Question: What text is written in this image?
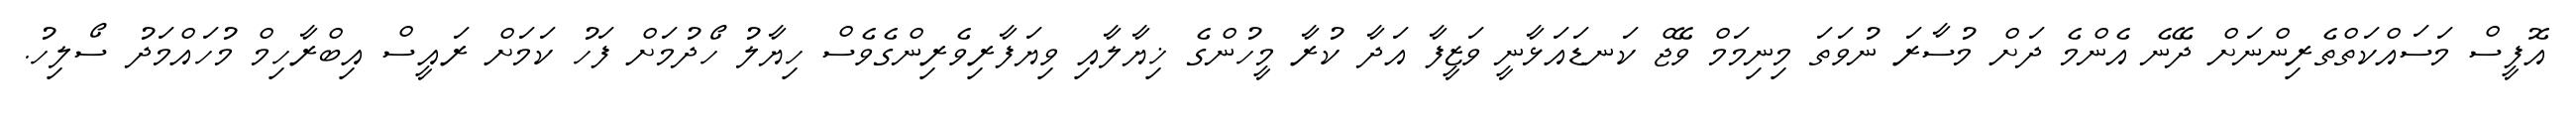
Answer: އޮފީސް މަސައްކަތްތެރިންނަށް ދޭނެ އެންމެ ދަށް މުސާރަ ނުވަތަ މިނިމަމް ވޭޖް ކަނޑައަޅާނީ ވަޒީފާ އަދާ ކުރާ މީހުންގެ ޚިޔާލާއި ވިޔަފާރިވެރިންގެވެސް ހިޔާލު ހޯދުމަށް ފަހު ކަމަށް ރައީސް އިބްރާހިމް މުހައްމަދު ސޯލިހު.